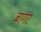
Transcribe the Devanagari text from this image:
बागर